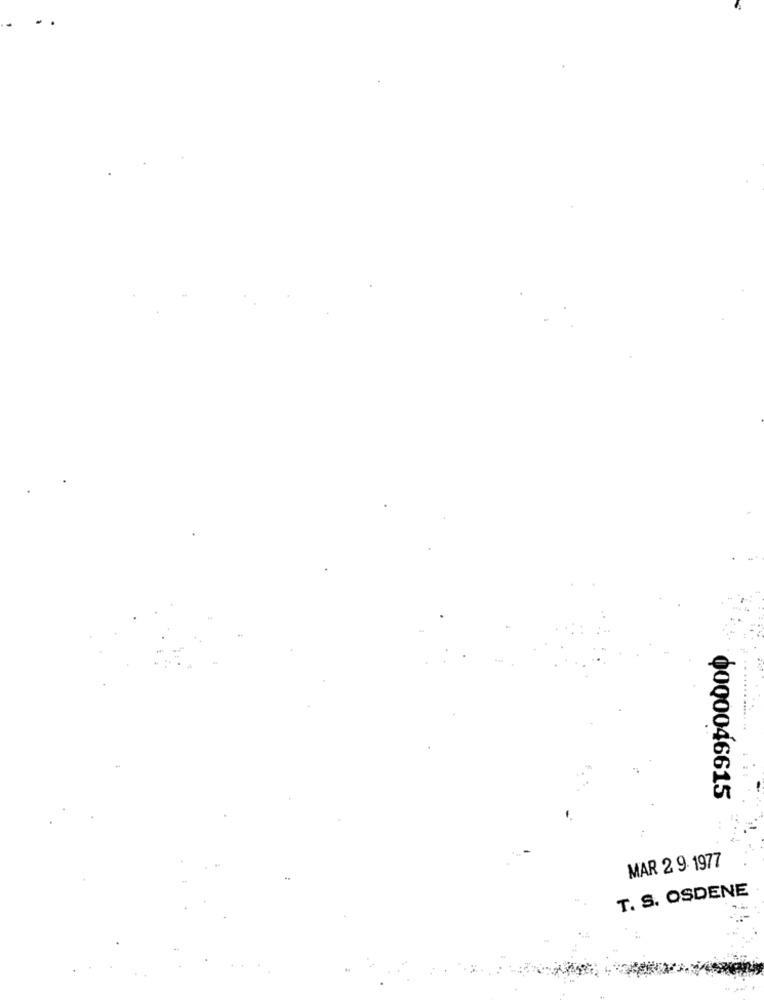
0000046615
MAR 2 9. 1977
T. S. OSDENE